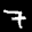
Label: 7